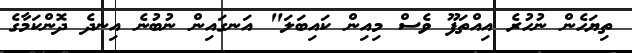
ތިޔަހެން ނުހުރެ އިއްތަފޫ ވެސް މިއިން ކައިބަލަ" އަނގައިން ނުބުނެ އިނދެ ދޮންކަމާގެ